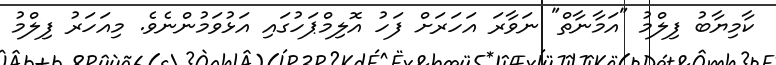
ކާމިޔާބު ފިލްމު "އަމާނާތް" ނަވާރަ އަހަަރަށް ފަހު އޮލިމްޕަހުގައި އަޅުވަމުންނެވެ. މިއަހަރު ފިލްމު